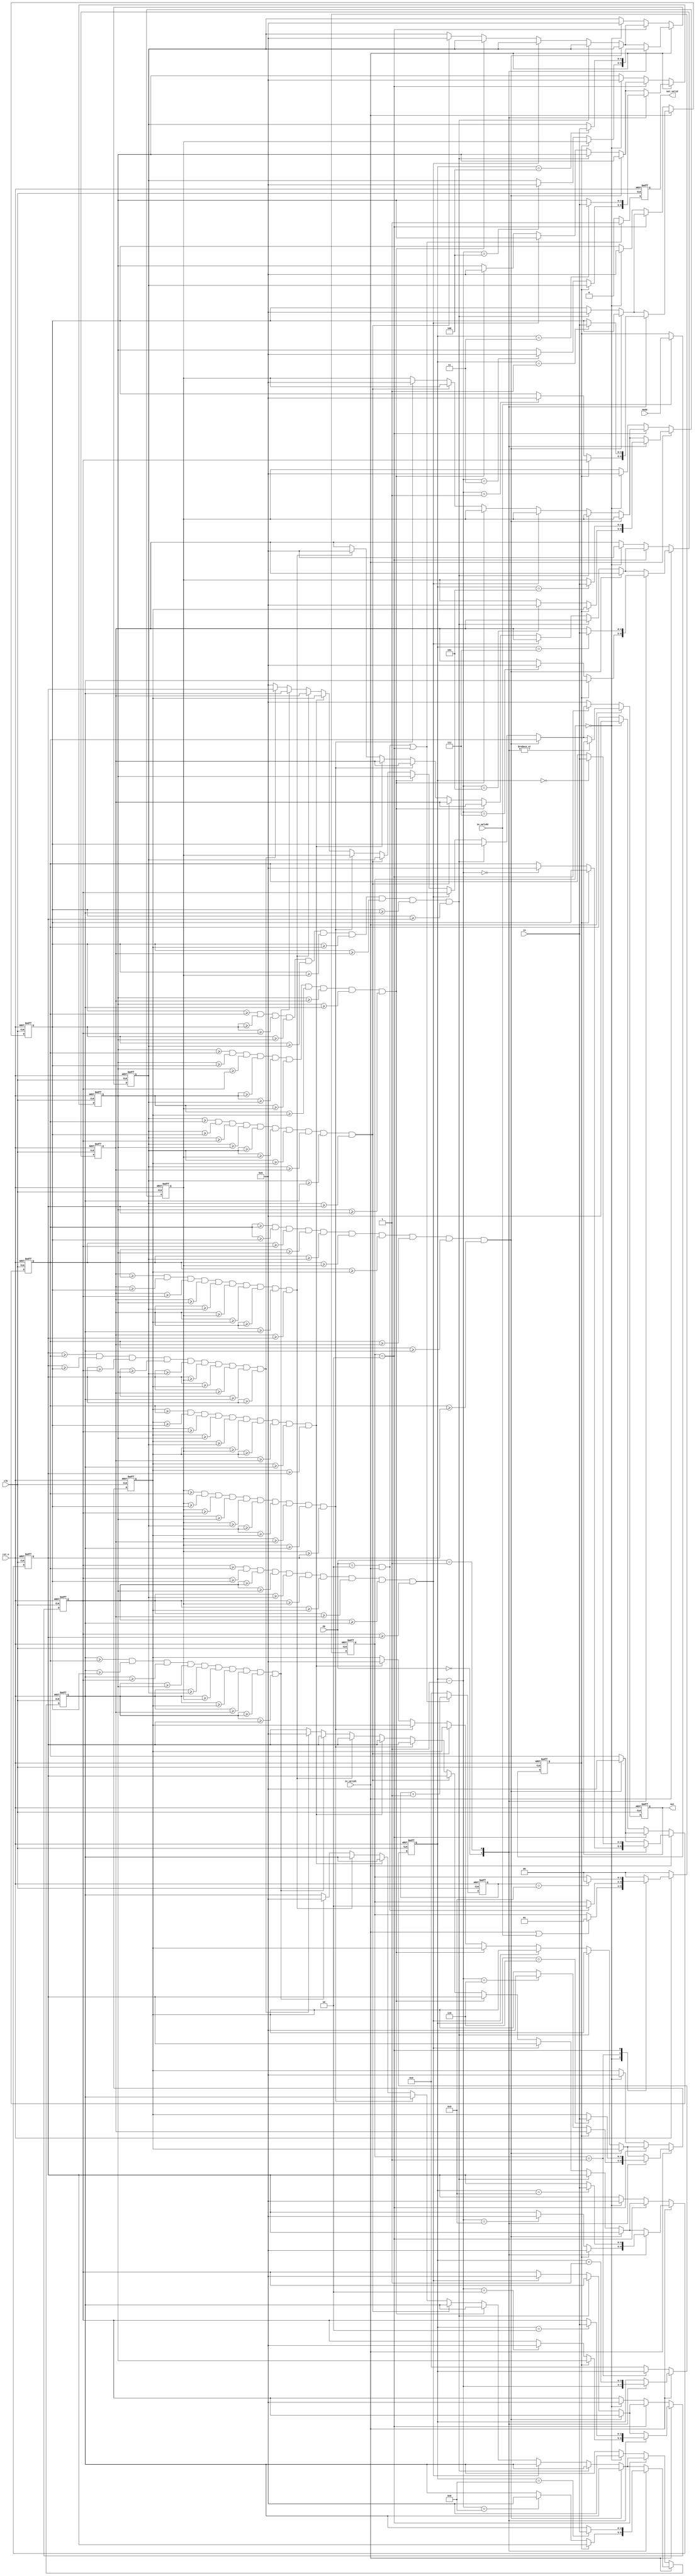
module SORT(
  // Input signals
  clk,
  rst_n,
  in_valid1,
  in_valid2,
  in,
  mode,
  op,
  // Output signals
  out_valid,
  out
);
//---------------------------------------------------------------------
//   INPUT AND OUTPUT DECLARATION
//---------------------------------------------------------------------
input mode,in_valid1,in_valid2,clk,rst_n;
input [4:0] in;
input [1:0] op;
output reg out_valid;
output reg [4:0] out;

reg [1:0] current_state,next_state;
reg [4:0] box [0:9];
reg mode_t;
reg [3:0]count;
reg [3:0]count2;


//---------------------------------------------------------------------
// PARAMETER DECLARATION
//---------------------------------------------------------------------
parameter IDLE=2'd0;
parameter IN=2'd1;
parameter OUT=2'd2;


//---------------------------------------------------------------------
//   WIRE AND REG DECLARATION
//---------------------------------------------------------------------
//---------------------------------------------------------------------
//   Finite-State Mechine
//---------------------------------------------------------------------

//current_state
always@(posedge clk or negedge rst_n) begin
	if(rst_n==0) current_state<=IDLE;
	else current_state<=next_state;
end

//next_state
always@(*) begin
	if(rst_n==0) next_state<=IDLE;
	else begin
		case(current_state)
			IDLE:begin
				if(in_valid1||in_valid2) next_state<=IN;
				else next_state<=current_state;
			end
			IN:begin
				if(op==2&&in_valid1) next_state<=OUT;
				else next_state<=current_state;
			end
			OUT:begin
				if(count2==9) next_state<=IDLE;
				else next_state<=current_state;
			end
			default: next_state<=IDLE;
		endcase
	end
end
//---------------------------------------------------------------------
//   Design Description
//---------------------------------------------------------------------

//out_valid
always@(posedge clk or negedge rst_n) begin
	if(!rst_n) out_valid<=0;
	else if(in_valid1&&op==2||current_state==OUT) out_valid<=1;
	else out_valid<=0; 

end

//count
always@(posedge clk or negedge rst_n) begin
	if(!rst_n) count<=0;
	else if(in_valid1) begin
			case(op)
				2'd0:begin
					if(!mode_t) count<=count-1;
					else count<=count-1;
				end
				2'd1:count<=count+1;
				default: count<=count;
			endcase
		end	
	else if(current_state==IN) count<=count;
	else count<=0;
end
//count2
always@(posedge clk or negedge rst_n) begin
	if(!rst_n) count2<=0;
	else if(op==2&&in_valid1||current_state==OUT) count2<=count2+1;
	else count2<=0;
end
//mode_t
always@(posedge clk or negedge rst_n) begin
	if(!rst_n) mode_t<=0;
	else if(in_valid2) mode_t<=mode;
	else mode_t<=mode_t;
end

//box 0~9
always@(posedge clk or negedge rst_n) begin
	if(!rst_n) begin
		box[0]<=0; box[1]<=0; box[2]<=0;
		box[3]<=0; box[4]<=0; box[5]<=0;
		box[6]<=0; box[7]<=0; box[8]<=0; box[9]<=0;
		out<=0;
	end
	
	else if(in_valid1) begin
		case(op)
			2'd0:begin
				if(!mode_t)	box[count-1]<=0;//stack
				else begin//queue
					box[0]<=box[1]; box[1]<=box[2]; box[2]<=box[3];
					box[3]<=box[4]; box[4]<=box[5]; box[5]<=box[6];
					box[6]<=box[7]; box[7]<=box[8]; box[8]<=box[9];
					box[9]<=0;
				end
			end
			2'd1:box[count]<=in;
			default: begin
				if(box[0]>=box[0]&&box[0]>=box[1]&&box[0]>=box[2]&&box[0]>=box[3]
				&&box[0]>=box[4]&&box[0]>=box[5]&&box[0]>=box[6]&&box[0]>=box[7]&&box[0]>=box[8]&&box[0]>=box[9]) begin
					out<=box[0];
					box[0]<=0;
				end
				//1
				else if(box[1]>=box[0]&&box[1]>=box[1]&&box[1]>=box[2]&&box[1]>=box[3]
				&&box[1]>=box[4]&&box[1]>=box[5]&&box[1]>=box[6]&&box[1]>=box[7]&&box[1]>=box[8]&&box[1]>=box[9]) begin
					out<=box[1];
					box[1]<=0;
				end
				//2
				else if(box[2]>=box[0]&&box[2]>=box[1]&&box[2]>=box[2]&&box[2]>=box[3]
				&&box[2]>=box[4]&&box[2]>=box[5]&&box[2]>=box[6]&&box[2]>=box[7]&&box[2]>=box[8]&&box[2]>=box[9]) begin
					out<=box[2];
					box[2]<=0;
				end
				//3
				else if(box[3]>=box[0]&&box[3]>=box[1]&&box[3]>=box[2]&&box[3]>=box[3]
				&&box[3]>=box[4]&&box[3]>=box[5]&&box[3]>=box[6]&&box[3]>=box[7]&&box[3]>=box[8]&&box[3]>=box[9]) begin
					out<=box[3];
					box[3]<=0;
				end
				//4
				else if(box[4]>=box[0]&&box[4]>=box[1]&&box[4]>=box[2]&&box[4]>=box[3]
				&&box[4]>=box[4]&&box[4]>=box[5]&&box[4]>=box[6]&&box[4]>=box[7]&&box[4]>=box[8]&&box[4]>=box[9]) begin
					out<=box[4];
					box[4]<=0;
				end
				//5
				else if(box[5]>=box[0]&&box[5]>=box[1]&&box[5]>=box[2]&&box[5]>=box[3]
				&&box[5]>=box[4]&&box[5]>=box[5]&&box[5]>=box[6]&&box[5]>=box[7]&&box[5]>=box[8]&&box[5]>=box[9]) begin
					out<=box[5];
					box[5]<=0;
				end
				//6
				else if(box[6]>=box[0]&&box[6]>=box[1]&&box[6]>=box[2]&&box[6]>=box[3]
				&&box[6]>=box[4]&&box[6]>=box[5]&&box[6]>=box[6]&&box[6]>=box[7]&&box[6]>=box[8]&&box[6]>=box[9]) begin
					out<=box[6];
					box[6]<=0;
				end
				//7
				else if(box[7]>=box[0]&&box[7]>=box[1]&&box[7]>=box[2]&&box[7]>=box[3]
				&&box[7]>=box[4]&&box[7]>=box[5]&&box[7]>=box[6]&&box[7]>=box[7]&&box[7]>=box[8]&&box[7]>=box[9]) begin
					out<=box[7];
					box[7]<=0;
				end
				//8
				else if(box[8]>=box[0]&&box[8]>=box[1]&&box[8]>=box[2]&&box[8]>=box[3]
				&&box[8]>=box[4]&&box[8]>=box[5]&&box[8]>=box[6]&&box[8]>=box[7]&&box[8]>=box[8]&&box[8]>=box[9]) begin
					out<=box[8];
					box[8]<=0;
				end
				//9
				else if(box[9]>=box[0]&&box[9]>=box[1]&&box[9]>=box[2]&&box[9]>=box[3]
				&&box[9]>=box[4]&&box[9]>=box[5]&&box[9]>=box[6]&&box[9]>=box[7]&&box[9]>=box[8]&&box[9]>=box[9]) begin
					out<=box[9];
					box[9]<=0;
				end
				else out<=0; 
				//$display("after sort1 %6d, %6d, %6d, %6d, %6d, %6d, %6d, %6d, %6d, %6d",box[0],box[1],box[2],box[3],box[4],box[5],box[6],box[7],box[8],box[9]);
			end
		endcase
		//$display("after in %6d, %6d, %6d, %6d, %6d, %6d, %6d, %6d, %6d, %6d",box[0],box[1],box[2],box[3],box[4],box[5],box[6],box[7],box[8],box[9]);
	end	
	else if(current_state==OUT) begin
		if(box[0]>=box[0]&&box[0]>=box[1]&&box[0]>=box[2]&&box[0]>=box[3]
		&&box[0]>=box[4]&&box[0]>=box[5]&&box[0]>=box[6]&&box[0]>=box[7]&&box[0]>=box[8]&&box[0]>=box[9]) begin
			out<=box[0];
			box[0]<=0;
		end
		//1
		else if(box[1]>=box[0]&&box[1]>=box[1]&&box[1]>=box[2]&&box[1]>=box[3]
		&&box[1]>=box[4]&&box[1]>=box[5]&&box[1]>=box[6]&&box[1]>=box[7]&&box[1]>=box[8]&&box[1]>=box[9]) begin
			out<=box[1];
			box[1]<=0;
		end
		//2
		else if(box[2]>=box[0]&&box[2]>=box[1]&&box[2]>=box[2]&&box[2]>=box[3]
		&&box[2]>=box[4]&&box[2]>=box[5]&&box[2]>=box[6]&&box[2]>=box[7]&&box[2]>=box[8]&&box[2]>=box[9]) begin
			out<=box[2];
			box[2]<=0;
		end
		//3
		else if(box[3]>=box[0]&&box[3]>=box[1]&&box[3]>=box[2]&&box[3]>=box[3]
		&&box[3]>=box[4]&&box[3]>=box[5]&&box[3]>=box[6]&&box[3]>=box[7]&&box[3]>=box[8]&&box[3]>=box[9]) begin
			out<=box[3];
			box[3]<=0;
		end
		//4
		else if(box[4]>=box[0]&&box[4]>=box[1]&&box[4]>=box[2]&&box[4]>=box[3]
		&&box[4]>=box[4]&&box[4]>=box[5]&&box[4]>=box[6]&&box[4]>=box[7]&&box[4]>=box[8]&&box[4]>=box[9]) begin
			out<=box[4];
			box[4]<=0;
		end
		//5
		else if(box[5]>=box[0]&&box[5]>=box[1]&&box[5]>=box[2]&&box[5]>=box[3]
		&&box[5]>=box[4]&&box[5]>=box[5]&&box[5]>=box[6]&&box[5]>=box[7]&&box[5]>=box[8]&&box[5]>=box[9]) begin
			out<=box[5];
			box[5]<=0;
		end
		//6
		else if(box[6]>=box[0]&&box[6]>=box[1]&&box[6]>=box[2]&&box[6]>=box[3]
		&&box[6]>=box[4]&&box[6]>=box[5]&&box[6]>=box[6]&&box[6]>=box[7]&&box[6]>=box[8]&&box[6]>=box[9]) begin
			out<=box[6];
			box[6]<=0;
		end
		//7
		else if(box[7]>=box[0]&&box[7]>=box[1]&&box[7]>=box[2]&&box[7]>=box[3]
		&&box[7]>=box[4]&&box[7]>=box[5]&&box[7]>=box[6]&&box[7]>=box[7]&&box[7]>=box[8]&&box[7]>=box[9]) begin
			out<=box[7];
			box[7]<=0;
		end
		//8
		else if(box[8]>=box[0]&&box[8]>=box[1]&&box[8]>=box[2]&&box[8]>=box[3]
		&&box[8]>=box[4]&&box[8]>=box[5]&&box[8]>=box[6]&&box[8]>=box[7]&&box[8]>=box[8]&&box[8]>=box[9]) begin
			out<=box[8];
			box[8]<=0;
		end
		//9
		else if(box[9]>=box[0]&&box[9]>=box[1]&&box[9]>=box[2]&&box[9]>=box[3]
		&&box[9]>=box[4]&&box[9]>=box[5]&&box[9]>=box[6]&&box[9]>=box[7]&&box[9]>=box[8]&&box[9]>=box[9]) begin
			out<=box[9];
			box[9]<=0;
		end
		else out<=0;
		//$display("after sort %6d, %6d, %6d, %6d, %6d, %6d, %6d, %6d, %6d, %6d",box[0],box[1],box[2],box[3],box[4],box[5],box[6],box[7],box[8],box[9]);
		
	end

	else if(current_state==IDLE) begin
		box[0]<=0; box[1]<=0; box[2]<=0;
		box[3]<=0; box[4]<=0; box[5]<=0;
		box[6]<=0; box[7]<=0; box[8]<=0; box[9]<=0;
		out<=0;
	end
	else begin
			box[0]<=box[0]; box[1]<=box[1]; box[2]<=box[2];
			box[3]<=box[3]; box[4]<=box[4]; box[5]<=box[5];
			box[6]<=box[6]; box[7]<=box[7]; box[8]<=box[8]; box[9]<=box[9];
			out<=0;
		end
	
end


endmodule